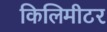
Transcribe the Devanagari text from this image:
किलिमीटर